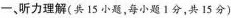
一、听力理解(共15小题，每小题1分，共15分)